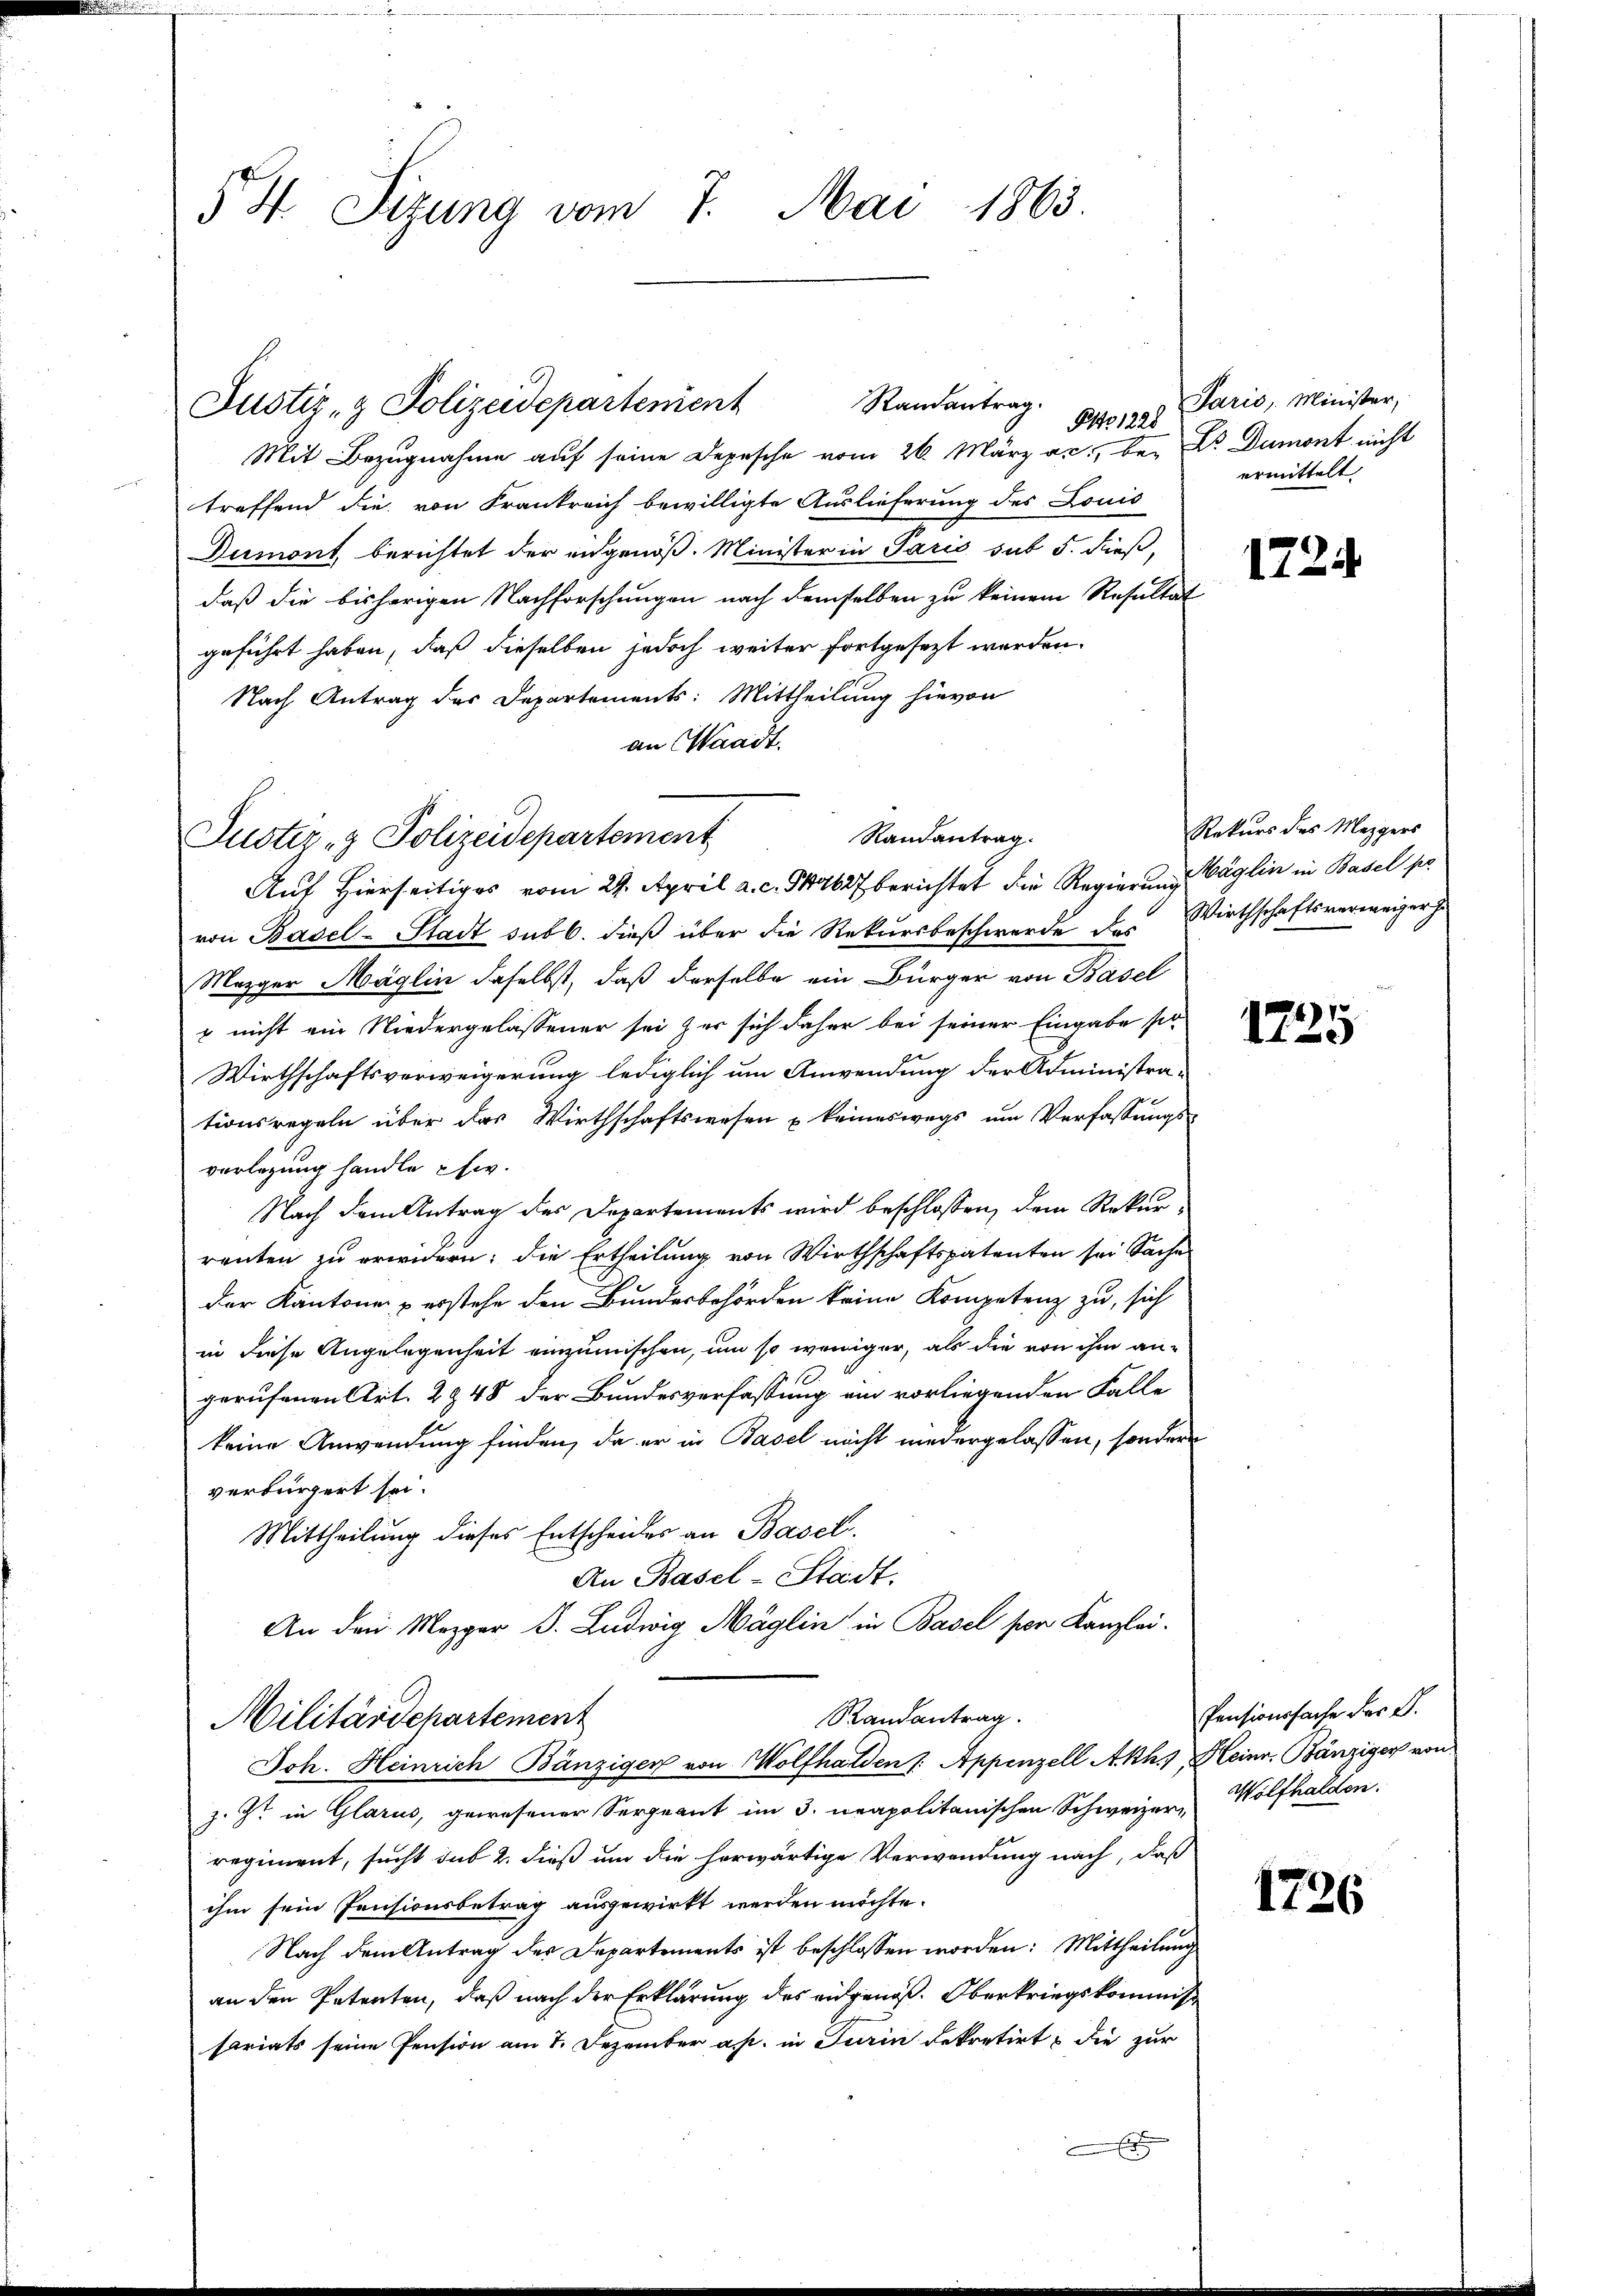
H. Sizung vom 7. Mai 1863.

Randantrag.
Justiz- & Polizeidepartement

Mit Bezugnahme auf seine Depesche vom 26. März a. bei Dr. Dumont nicht
treffend die von Frankreich bewilligte Auslieferung des Louis
Dumont berichtet der angenöß. Minister in Paris sub 5. dieß,
daß die bisherigen Nachforschungen nach demselben zu keinem Resultat
geführt haben, daß dieselben jedoch weiter fortgesezt werden.
Nach Antrag des Departements: Mittheilung hievon
an Waadt.
Randantrag.
Auf Hierseitiges vom 29. April a. c. S. 627 berichtet die Regierung Paglin in Basel pr
von Basel-Stadt sub 6. dieß über die Rekursbeschwerde des Wirthschaftsverweiger ha
Mezger Möglin daselbst, daß derselbe ein Bürger von Basel
 nicht ein Niedergelassener sei zur sich daher bei seiner Eingabe sie
Wirthschaftsverweigerung lediglich um Anwendung der Administra-
tionsregeln über das Wirthschaftswesen u keineswegs um Verfassungs-
verlegung handle etw
Nach dem Antrag des Departements wird beschlossen, dem Rekurrenten zu erwidern; die Ertheilung von Wirthschaftspatenten sei Sache
der Kantone u erstehe den Bundesbehörden keine Kompetenz zu, sich
in diese Angelegenheit einzumischen, um so weniger, als die von ihm angerufenen Art. 2948 der Bundesverfassung ein vorliegenden Falle
keine Anwendung finden, da er in Basel nicht niedergelassen, sondern
verbürgert sei.
Mittheilung dieses Entscheider an Basel.
An Basel-Stadt.
An den Mezger B. Ludwig Möglin in Basel ser Kanzlei-

Justiz- & Polizeidepartement

PAo. 1228

Randantrag.
Militärdepartement
Joh. Heinrich Bänzigen von Wolfhalden /: Appenzell Akh.) Heinr. Bänziger von

z. Zt. in Glarus, gewesener Sergeant im 3. neapolitanischen Schweizer, Wolfhalden.
regiment, sucht sub 2. dieß um die herwärtige Verwendung nach, daß
ihm sein Pensionsbetrag ausgewirkt werden möchte.
Nach dem Antrag der Departements ist beschlossen worden: Mittheilung
an den Petenten, daß nach der Erklärung des eidgenöß. Oberkriegskommis
sariats seine Pension am 7. Dezember ap. in Turin dekretirt, die zur

Paris, Minister,
ermittelt.

1724

Rekurs der Mappers

1725

Pensionssache der S.

1726